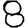
Digit: 8